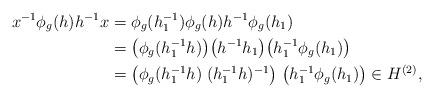
LaTeX: \begin{align*}x^{-1} \phi_{g}(h)h^{-1} x=& \; \phi_{g}(h_1^{-1}) \phi_{g}(h)h^{-1} \phi_{g}(h_1)\\=& \; \big(\phi_{g }(h_1^{-1} h) \big) \big(h^{-1} h_1\big) \big(h^{-1}_1 \phi_{g}(h_1)\big)\\=& \; \big(\phi_{g }(h_1^{-1} h) \; (h^{-1}_1 h)^{-1}\big)\; \big(h^{-1}_1 \phi_{g}(h_1)\big) \in H^{(2)},\\\end{align*}